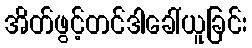
အိတ်ဖွင့်တင်ဒါခေါ်ယူခြင်း